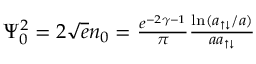
\begin{array} { r } { \Psi _ { 0 } ^ { 2 } = 2 \sqrt { e } n _ { 0 } = \frac { e ^ { - 2 \gamma - 1 } } { \pi } \frac { \ln ( a _ { \uparrow \downarrow } / a ) } { a a _ { \uparrow \downarrow } } } \end{array}